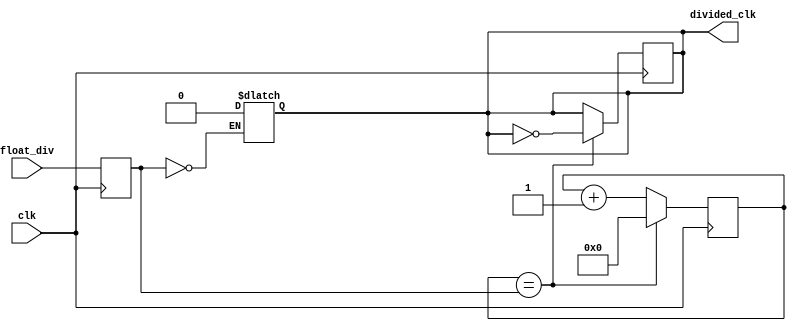
module floating_point_clock_divider (
    input wire clk,
    input wire [31:0] float_div,
    output reg divided_clk
);

reg [31:0] count;
reg [31:0] divider;
reg clk_enable;

always @(posedge clk) begin
    count <= count + 1;
    if (count == divider) begin
        count <= 0;
        divided_clk <= ~divided_clk;
    end
end

always @(posedge clk) begin
    divider <= float_div;
end

always @* begin
    if(divider == 0)
        clk_enable <= 0;
    else begin
        clk_enable <= 1;
    end
end

always @* begin
    if(clk_enable == 0)
        divided_clk <= 0;
end

endmodule